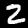
Label: 2